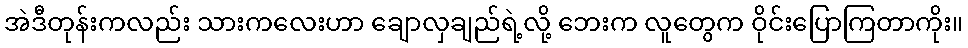
အဲဒီတုန်းကလည်း သားကလေးဟာ ချောလှချည်ရဲ့လို့ ဘေးက လူတွေက ဝိုင်းပြောကြတာကိုး။